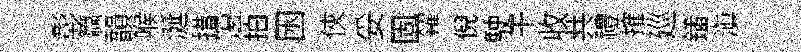
彰籯韻喉涎措籩拍囦俠妥固糴倪駛干收共禮搉廵鍤滇